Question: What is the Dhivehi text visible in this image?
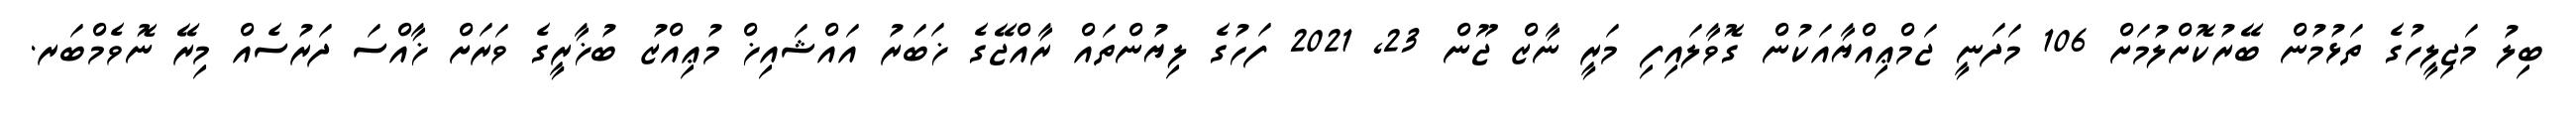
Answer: ބިލު މަޖިލީހުގެ ތަޅުމުން ބޭރުކޮށްލުމަށް 106 މަދަނީ ޖަމްޢިއްޔާއަކުން ގޮވާލައިފި މަރީ ނާޒް ޖޫން 23, 2021 ފަހުގެ ލިޔުންތައް ރާއްޖޭގެ ޚަބަރު އައްޝައިޚް މުޢިއްޒު ބުޚާރީގެ ވަރަށް ޚާއްސަ ދަރުސެއް މިރޭ ނޮވެމްބަރ.